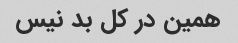
همین در کل بد نیس